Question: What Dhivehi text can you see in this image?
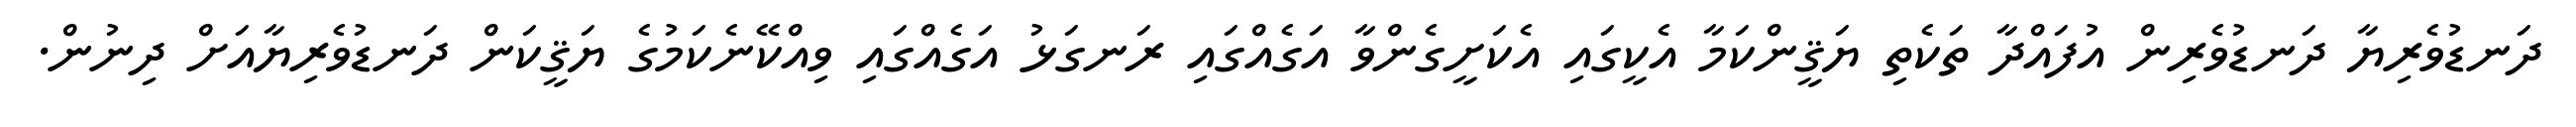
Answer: ދަނޑުވެރިޔާ ދަނޑުވެރިން އުފައްދާ ތަކެތި ޔަޤީންކަމާ އެކީގައި އެކަށީގެންވާ އަގެއްގައި ރަނގަޅު އަގެއްގައި ވިއްކޭނެކަމުގެ ޔަޤީކަން ދަނޑުވެރިޔާއަށް ދިނުން.